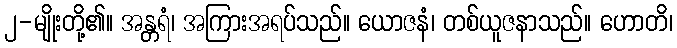
၂-မျိုးတို့၏။ အန္တရံ၊ အကြားအရပ်သည်။ ယောဇနံ၊ တစ်ယူဇနာသည်။ ဟောတိ၊